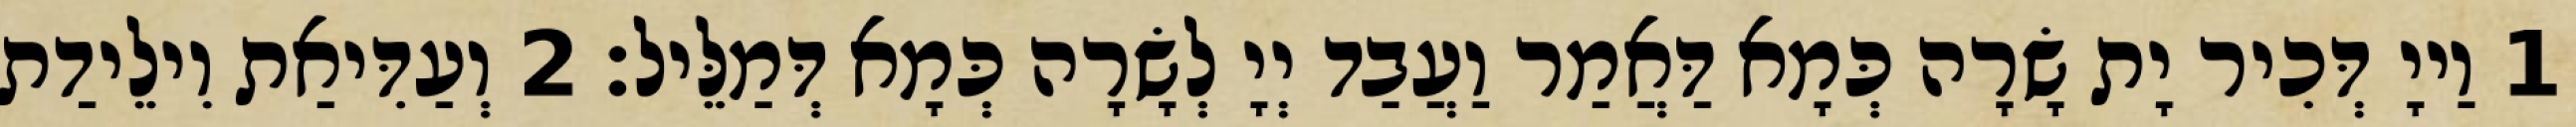
1 וַייָ דְּכִיר יָת שָׂרָה כְּמָא דַּאֲמַר וַעֲבַד יְיָ לְשָׂרָה כְּמָא דְּמַלֵּיל׃ 2 וְעַדִּיאַת וִילֵידַת